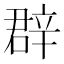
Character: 𨐚